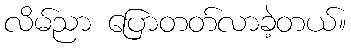
လိမ်ညာ ပြောတတ်လာခဲ့တယ်။